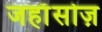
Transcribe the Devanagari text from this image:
जहाँसोज़